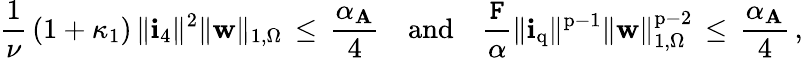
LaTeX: \frac{1}{\nu}\, (1+\kappa_{1})\, \| \mathbf{i}_{4}\| ^{2}\| {\mathbf{w}}\| _{1,\Omega}\, \leq\, \frac{\alpha_{\mathbf{A}}}{4}{\quad\mathrm{and}\quad}\frac{\mathtt{F}}{\alpha}\| \mathbf{i}_{\mathrm{q}}\| ^{\mathrm{p}-1}\| {\mathbf{w}}\| _{1,\Omega}^{\mathrm{p}-2}\, \leq\, \frac{\alpha_{\mathbf{A}}}{4}\, ,